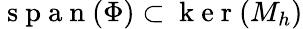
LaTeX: \mathrm{~s~p~a~n~}(\Phi)\subset\mathrm{~k~e~r~}(M_{h})